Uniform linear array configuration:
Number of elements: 8
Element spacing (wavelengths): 0.75
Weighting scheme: cosine
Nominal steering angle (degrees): -60
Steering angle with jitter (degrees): -60.68
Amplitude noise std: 0.05
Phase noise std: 0.05

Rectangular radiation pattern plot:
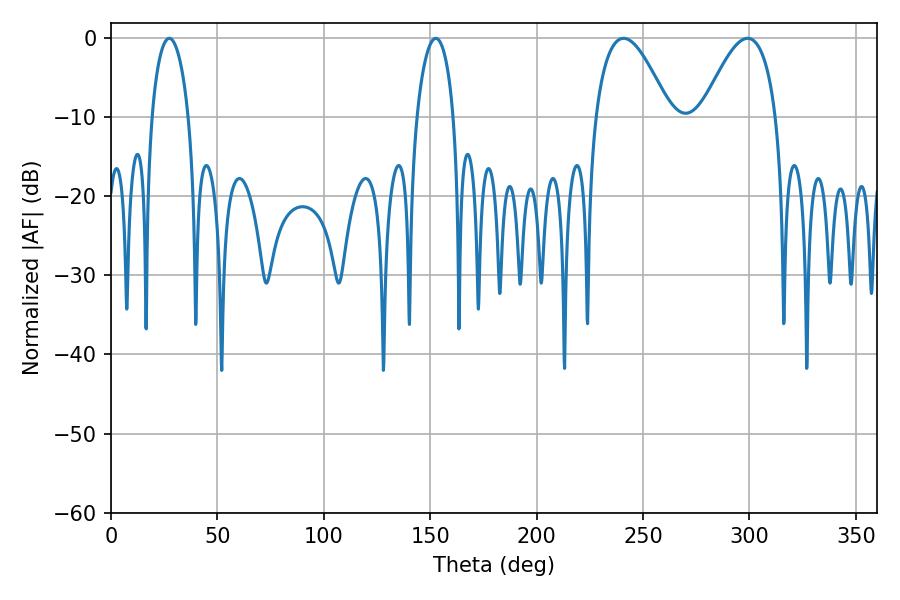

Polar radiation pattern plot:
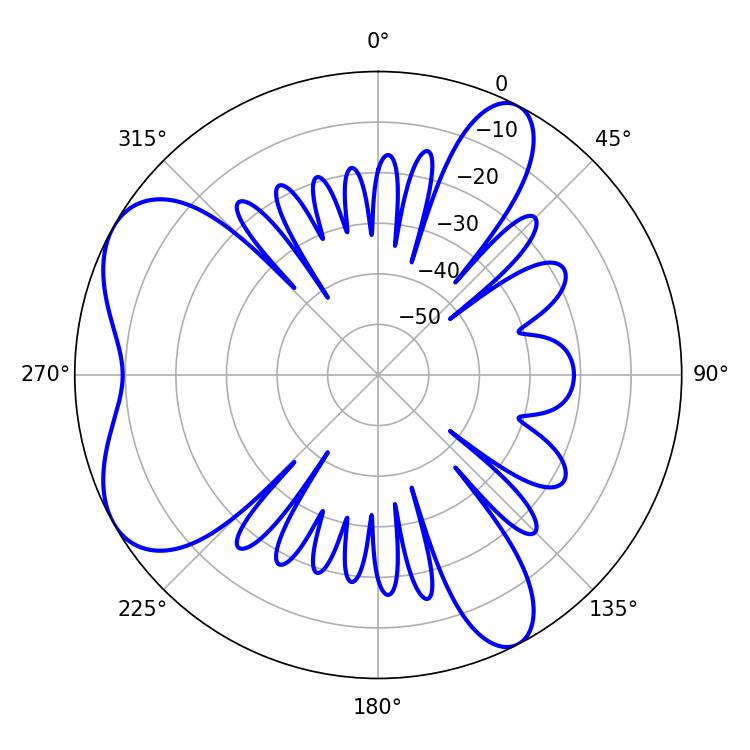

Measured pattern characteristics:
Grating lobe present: TRUE
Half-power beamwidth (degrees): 19.08
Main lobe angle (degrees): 240.84